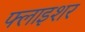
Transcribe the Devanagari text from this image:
फ्लाइशर